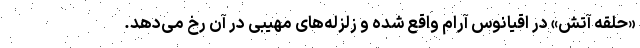
«حلقه آتش» در اقیانوس آرام واقع شده و زلزله‌های مهیبی در آن رخ می‌دهد.